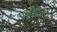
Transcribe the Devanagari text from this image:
मुनडिअल